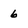
Character: 6